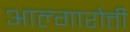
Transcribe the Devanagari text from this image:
आल्गारोत्ती